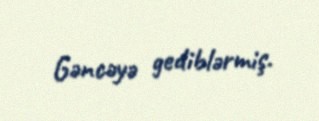
Gəncəyə gediblərmiş.